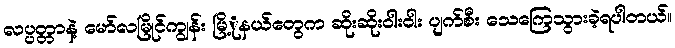
လပ္ပတ္တာနဲ့ မော်လမြိုင်ကျွန်း မြိ့ုနယ်တွေက ဆိုးဆိုးဝါးဝါး ပျက်စီး သေကြေသွားခဲ့ရပါတယ်။